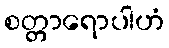
စတ္တာရောပါဟံ